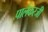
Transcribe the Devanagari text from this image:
पालेकरजी